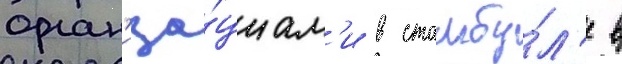
орган'иза́циам'и в стамбу́л'е в